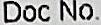
DOC NO.